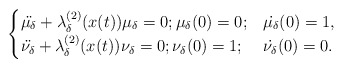
\begin{align*} \begin{cases} \ddot{\mu_\delta}+\lambda_\delta^{(2)}(x(t))\mu_\delta=0; \mu_\delta(0)=0; & \dot{\mu_\delta}(0)=1,\\ \ddot{\nu_\delta}+\lambda_\delta^{(2)}(x(t))\nu_\delta=0; \nu_\delta(0)=1; & \dot{\nu_\delta}(0)=0. \end{cases}\end{align*}